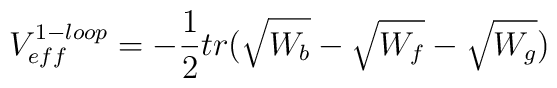
V_{eff}^{1-loop}=-\frac{1}{2} tr ( \sqrt{W_b} - \sqrt{W_f} -\sqrt{W_g} )